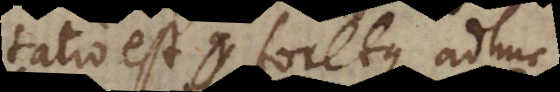
disputatio est foretque adhuc